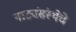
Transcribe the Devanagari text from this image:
नाट्यंसंस्थेचे